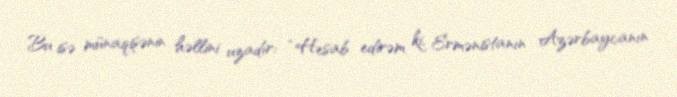
Bu isə münaqişənin həllini uzadır: “Hesab edirəm ki, Ermənistanın Azərbaycanın